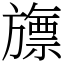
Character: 旚